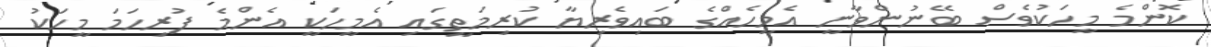
ކޮންމެ މީހަކުވެސް ބޭނުންވާނީ އެމީހެއްގެ ބައިވެރިޔާ ކުރިމަތީގައި އެމީހަކީ އެންމެ ފުރިހަމަ މީހަކު